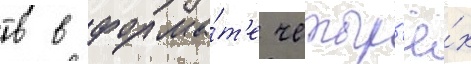
тв в форма́т'е четыр'ё́х